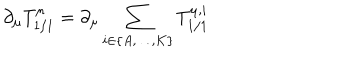
\partial _ { \mu } T _ { 1 / 1 } ^ { \mu } = \partial _ { \mu } \sum _ { i \in \{ A , \ldots , K \} } T _ { 1 / 1 } ^ { \mu , i }